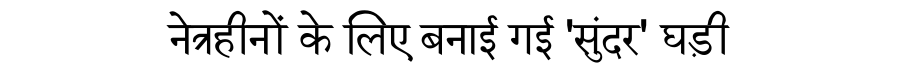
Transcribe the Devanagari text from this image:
नेत्रहीनों के लिए बनाई गई 'सुंदर' घड़ी